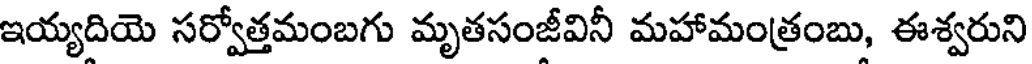
ఇయ్యదియె సర్వోత్తమంబగు మృతసంజీవినీ మహామంత్రంబు, ఈశ్వరుని